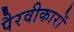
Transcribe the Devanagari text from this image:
पैरवीकारों